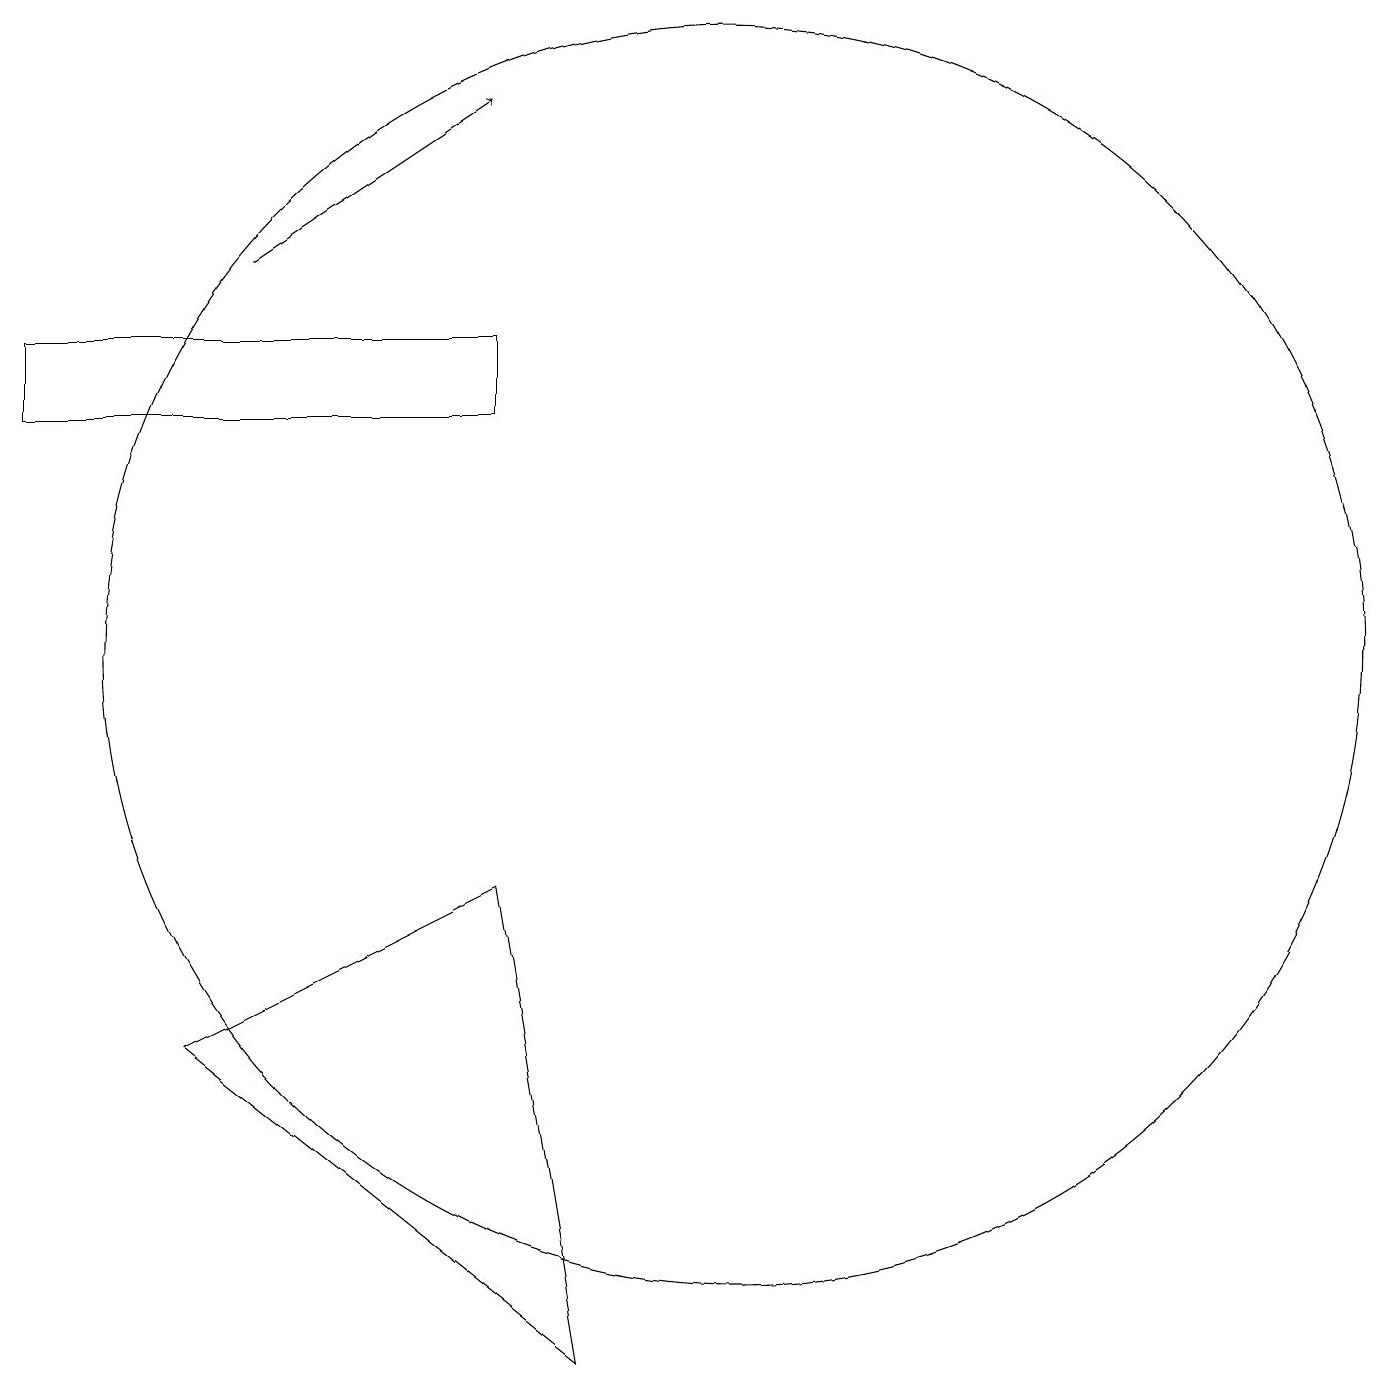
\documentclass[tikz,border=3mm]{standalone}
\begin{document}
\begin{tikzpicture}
\draw (11,11) circle (8);
\draw (8,8) -- (4,6) -- (9,2) -- cycle;
\draw (8,14) rectangle (2,15);
\draw[->] (5,16) -- (8,18);
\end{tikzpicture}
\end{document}